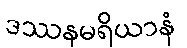
ဒဿနမရိယာနံ